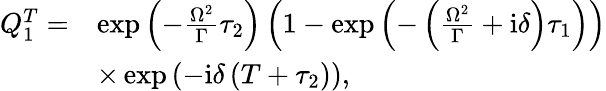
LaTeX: \begin{array}{rl}{Q_{1}^{T}=}&{\exp\left(-\frac{\Omega^{2}}{\Gamma}\tau_{2}\right)\left(1-\exp\left(-\left(\frac{\Omega^{2}}{\Gamma}+\mathrm{i}\delta\right)\tau_{1}\right)\right)}\\ &{\times\exp\left(-\mathrm{i}\delta\left(T+\tau_{2}\right)\right),}\end{array}